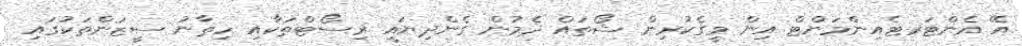
އޭ އެންޓަރޓެއިންމަންޓް އިން މީގެކުރިން ޝޯތައް ދެމުން ގެންދިޔައީ ރިސޯޓްތަކާއި ހިތާނު ސީޒަންތަކުގައި